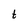
Character: t